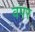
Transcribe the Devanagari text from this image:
वपर